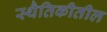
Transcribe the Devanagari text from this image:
स्थैतिकीतील